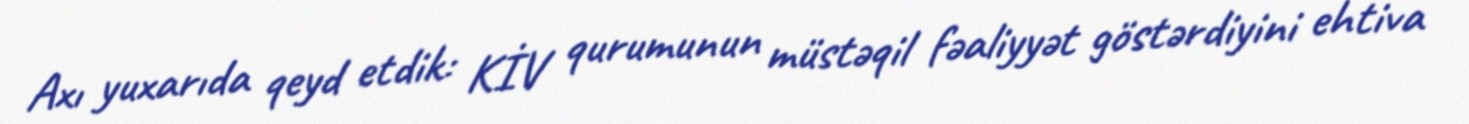
Axı yuxarıda qeyd etdik: KİV qurumunun müstəqil fəaliyyət göstərdiyini ehtiva